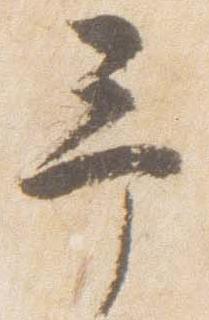
予